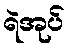
ရဲအုပ်